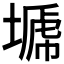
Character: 𭏣